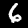
Digit: 6